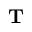
\textbf { T }